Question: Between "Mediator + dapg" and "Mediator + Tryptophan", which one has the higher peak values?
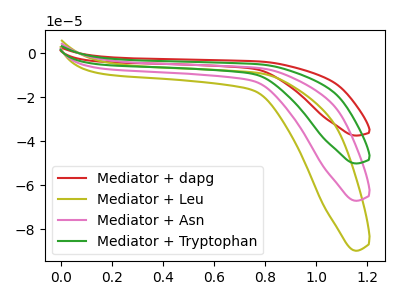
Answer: <think>The red curve "Mediator + dapg" has no peaks. The olive curve "Mediator + Leu" has no peaks. The pink curve "Mediator + Asn" has no peaks. The green curve "Mediator + Tryptophan" has no peaks.</think>
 <answer>Niether CV has any peaks.</answer>
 <eval>blanks</eval>